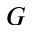
G